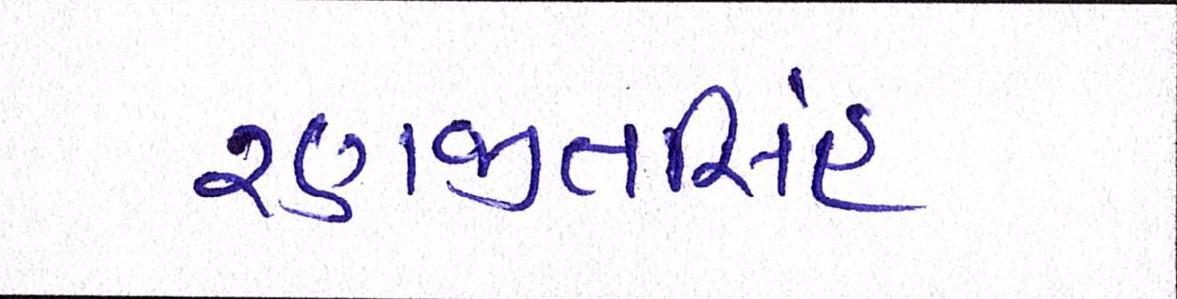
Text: રણજીતસિંહ